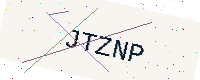
Text: JTZNP